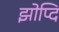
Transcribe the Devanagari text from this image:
झोप्दि